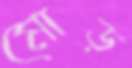
মোড়